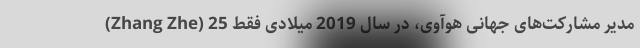
(Zhang Zhe) مدیر مشارکت‌های جهانی هوآوی، در سال 2019 میلادی فقط 25